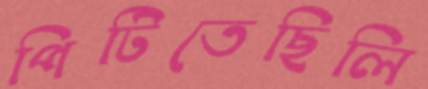
পিটিতেছিলি